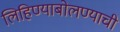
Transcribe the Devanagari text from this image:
लिहिण्याबोलण्याची